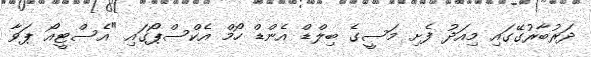
ދަރުބާރުގޭގައި މިއަދު ފެށި މަސީގެ ބިލްޑް އެންޑް ހޯމް އެކްސްޕޯގައި "އެސްޓީއޯ ޕަވާ